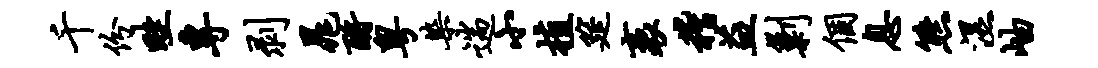
千份畦专剥晁酹粤染遄小植筵袤稽益剿个息熊湿岫